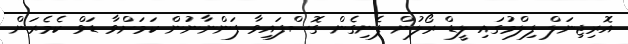
އޮރިޖިނަލް ފިލްމުގައި ލީޑް ރޯލުން ފެނިގެން ގޮސްފައިވާ ފަންނާނުން ކަމަށްވާ ޑަވް ކެމެރަން